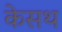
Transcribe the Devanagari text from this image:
केसथ